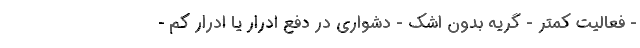
- فعالیت کمتر - گریه بدون اشک - دشواری در دفع ادرار یا ادرار کم -